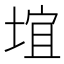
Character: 𪣯